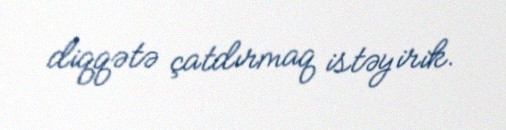
diqqətə çatdırmaq istəyirik.